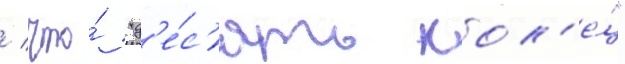
/ что́ "д'е́с'ять кол'е́ц"